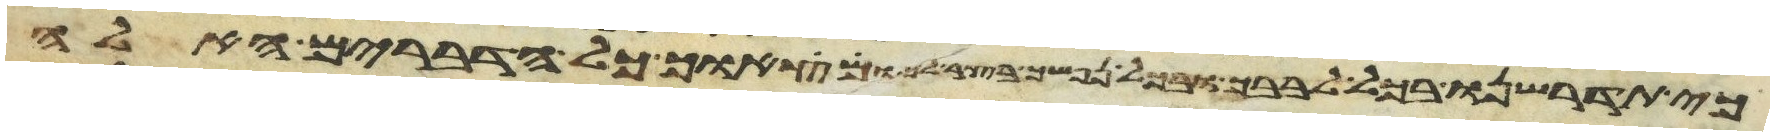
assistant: כי תדרשנו בכל לבבך ובכל נפשך בצר לך ומצאוך כל הדברים האלה